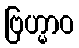
ဗြဟ္မာဝ